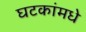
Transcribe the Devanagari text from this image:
घटकांमधे